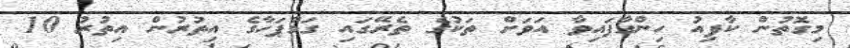
މިގޮތުން ކާފިއު ހިންގާފައިވާ އަވަށް ތަކުގެ ތެރޭގައި ގަމްޕަހާގެ އިތުރުން އިތުރު 10